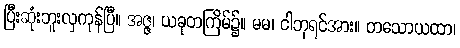
ပြီးဆုံးဘူးလှကုန်ပြီ။ အဇ္ဇ၊ ယခုတကြိမ်၌။ မမ၊ ငါဘုရင်အား။ တသောယထာ၊